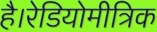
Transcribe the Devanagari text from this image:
है।रेडियोमीत्रिक